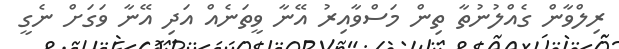
ރިލްވާން ގެއްލުނުތާ ތިން މަސްވާއިރު އޭނާ ވީތަނެއް އަދި އޭނާ ވަގަށް ނެގީ